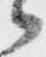
々